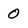
Character: 0